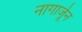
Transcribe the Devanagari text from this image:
नागार्जून